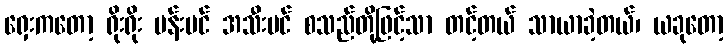
ရှေးကတော့ ရိုးရိုး ပန်းပင် အသီးပင် စသည်တို့ဖြင့်သာ တင့်တယ် သာယာခဲ့တယ်၊ ယခုတော့